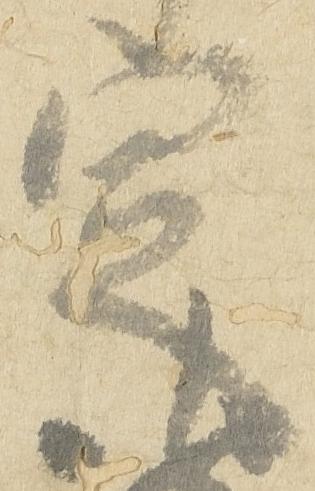
定